Annual statistical returns and brief notes on vaccination in Bengal - 1887-1898
Year: 1887
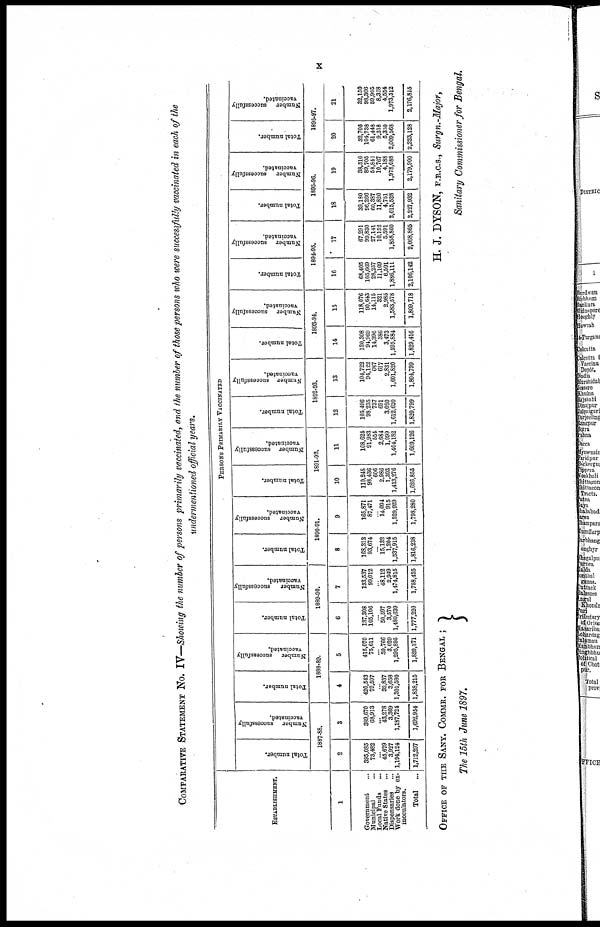
x
COMPARATIVE STATEMENT No. IV—Showing the number of persons primarily vaccinated, and the number of those persons who were successfully vaccinated in each of the
undermentioned official years.
ESTABLISHMENT.
1
Government ...
Municipal ...
Local Funds ...
Native States ...
Dispensaries ...
Work done by ex-
inoculators.
Total
...
PERSONS PRIMARILY VACCINATED
Total number.
Number successfully
vaccinated.
1887-88.
2
395,085
73,482
... 45,679
3,927
1,194,124
1,712,297
3
389,670
68,913
... 43,278
3,369
1,187,724
1,692,954
Total number.
Number successfully
vaccinated.
1888-89.
4
420,543
79,597
... 32,837
3,658
1,301,580
1,838,215
5
415,070
75,611
... 30,766
3,029
1,295,895
1,820,371
Total number.
Number
successfully
vaccinated.
1889-90.
6
137,308
105,106
...
50,597
3,570
1,480,639
1,777,220
7
133,537
99,012
... 48,112
2,949
1,474,815
1,758,425
Total number.
Number
successfully
vaccinated.
1890-91.
8
168,313
93,674
...
15,132
1,204
1,537,915
1,816,238
9
165,871
87,471
... 14,094
915
1,529,929
1,798,280
Total number.
Number successfully
vaccinated.
1891-92.
10
110,248
98,436
606
2,986
1,303
1,413,276
1,626,855
11
108,624
91,983
554
2,684
1,099
1,404,182
1,609,126
Total number.
Number successfully
vaccinated.
1892-93.
12
105,496
98,235
737
691
3,020
1,612,620
1,820,799
13
104,722
94,122
687
617
2,831
1,601,820
1,804,799
Total number.
Number successfully
vaccinated.
1893-94.
14
120,308
94,969
14,396
386
3,473
1,595,884
1,829,416
15
118,076
90,643
14,115
321
2,985
1,583,578
1,809,718
Total number.
Number successfully
vaccinated.
1894-95.
16
68,405
105,669
28,257
11,109
6,591
1,886,111
2,106,142
17
67,291
99,830
27,141
10,152
5,591
1,858,860
2,068,865
Total number.
Number
successfully
vaccinated.
1895-96.
18
39,180
96,266
60,387
11,820
4,751
2,015,528
2,227,932
19
38,310
89,705
58,842
10,767
4,188
1,978,088
2,179,900
Total number.
Number
successfully
vaccinated.
1896-97.
20
32,706
104,738
61,448
9,318
5,350
2,009,568
2,223,128
21
32,150
98,366
59,905
8,328
4,554
1,973,512
2,176,815
OFFICE OF THE SANY. COMMR. FOR BENGAL ;
The 15th June 1897.
H. J. DYSON, F.R.C.S., Surgn.-Major,
Sanitary Commissioner for Bengal.